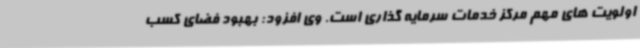
اولویت های مهم مرکز خدمات سرمایه گذاری است. وی افزود: بهبود فضای کسب